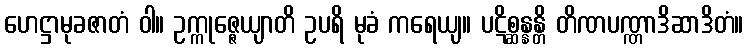
ဟေဋ္ဌာမုခဇာတံ ဝါ။ ဥက္ကုဇ္ဇေယျာတိ ဥပရိ မုခံ ကရေယျ။ ပဋိစ္ဆန္နန္တိ တိဏပဏ္ဏာဒိဆာဒိတံ။